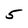
Character: 5